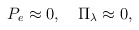
\begin{align*}P_e\approx 0,\quad\Pi_\lambda\approx 0,\end{align*}